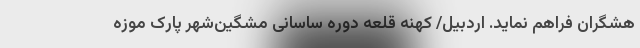
هشگران فراهم نماید. اردبیل/ کهنه قلعه دوره ساسانی مشگین‌شهر پارک موزه